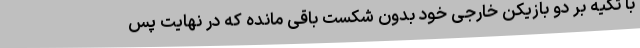
با تکیه بر دو بازیکن خارجی خود بدون شکست باقی مانده که در نهایت پس